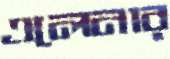
এলেনার